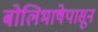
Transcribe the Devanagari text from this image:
बोलिभाषेपासून